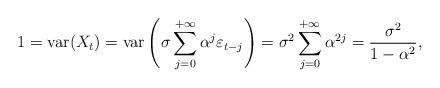
LaTeX: \begin{align*} 1=\mathrm{var}(X_t)=\mathrm{var}\left(\sigma\sum_{j=0}^{+\infty}\alpha^j\varepsilon_{t-j}\right)=\sigma^2\sum_{j=0}^{+\infty}\alpha^{2j}=\frac{\sigma^2}{1-\alpha^2}, \end{align*}